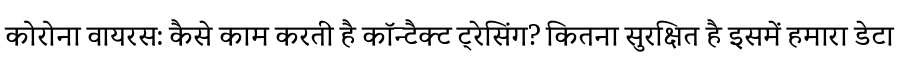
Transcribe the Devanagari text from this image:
कोरोना वायरस: कैसे काम करती है कॉन्टैक्ट ट्रेसिंग? कितना सुरक्षित है इसमें हमारा डेटा